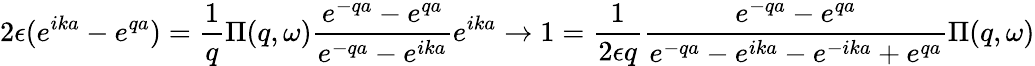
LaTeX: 2\epsilon(e^{ika}-e^{qa})=\frac{1}{q}\Pi(q,\omega)\frac{e^{-qa}-e^{qa}}{e^{-qa}-e^{ika}}e^{ika}\rightarrow 1=\frac{1}{2\epsilon q}\frac{e^{-qa}-e^{qa}}{e^{-qa}-e^{ika}-e^{-ika}+e^{qa}}\Pi(q,\omega)